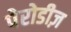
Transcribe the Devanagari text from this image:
पेरोडीज़